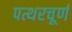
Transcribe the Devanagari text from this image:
पत्थरचूर्ण